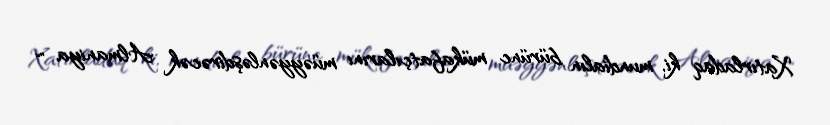
Xatırladaq ki, mundialın bürünc mükafatçılarını müəyyənləşdirəcək Almaniya ”“